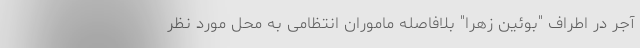
آجر در اطراف "بوئین زهرا" بلافاصله ماموران انتظامی به محل مورد نظر